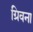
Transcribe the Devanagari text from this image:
ग्रिवना